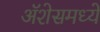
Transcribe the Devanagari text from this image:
ॲशेसमध्ये